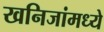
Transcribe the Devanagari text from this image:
खनिजांमध्ये